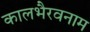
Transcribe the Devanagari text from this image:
कालभैरवनाम